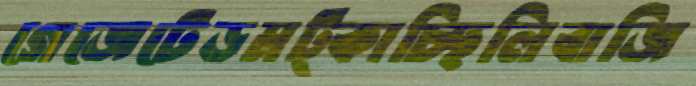
গেজেটেডমট্‌কাচ্ছিলিবাজি